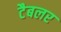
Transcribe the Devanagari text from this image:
टैबलर